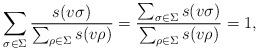
LaTeX: \begin{align*}\sum_{\sigma \in \Sigma}\frac{s(v\sigma)}{\sum_{\rho\in\Sigma}s(v\rho)}=\frac{\sum_{\sigma\in\Sigma}s(v\sigma)}{\sum_{\rho\in\Sigma}s(v\rho)}=1,\end{align*}